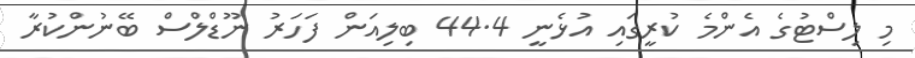
މި ލިސްޓުގެ އެންމެ ކުރީގައި އުޅެނީ 44.4 ބިލިއަން ފަހަރު ނޫޑްލްސް ބޭނުންކުރާ